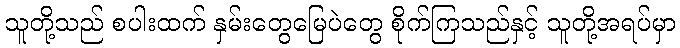
သူတို့သည် စပါးထက် နှမ်းတွေမြေပဲတွေ စိုက်ကြသည်နှင့် သူတို့အရပ်မှာ